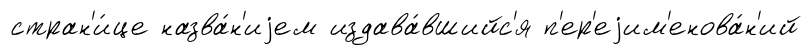
стран'и́це назва́н'иjем издава́вшийс'я п'ер'еjим'енова́н'ий